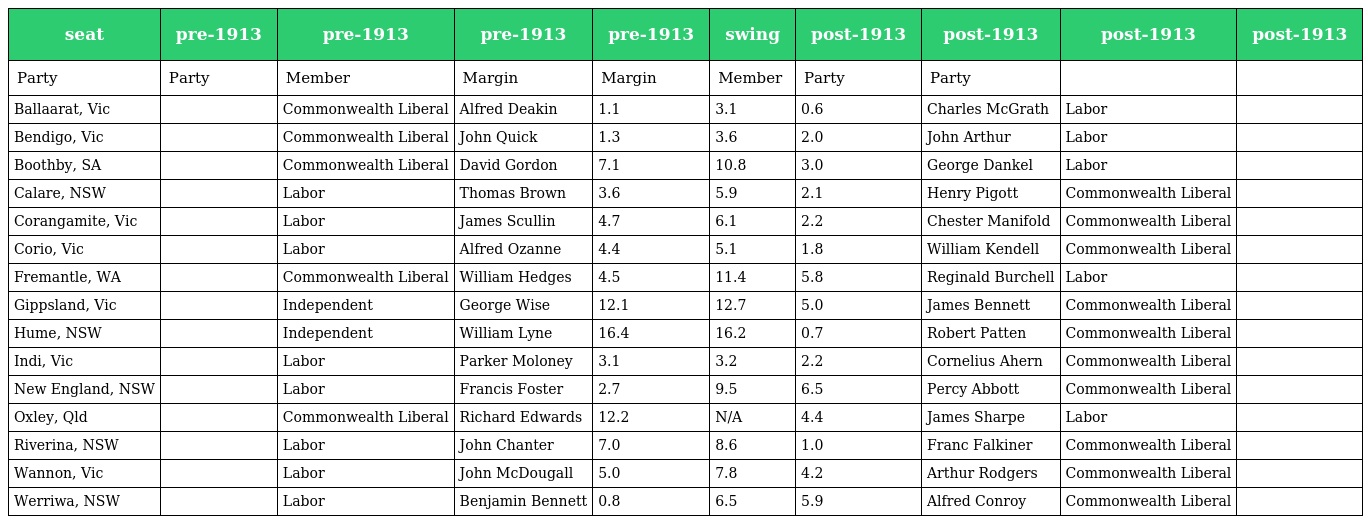
| seat | pre-1913 | pre-1913 | pre-1913 | pre-1913 | swing | post-1913 | post-1913 | post-1913 | post-1913 |
 | --- | --- | --- | --- | --- | --- | --- | --- | --- | --- |
 | Party | Party | Member | Margin | Margin | Member | Party | Party |  |  |
 | Ballaarat, Vic |  | Commonwealth Liberal | Alfred Deakin | 1.1 | 3.1 | 0.6 | Charles McGrath | Labor |  |
 | Bendigo, Vic |  | Commonwealth Liberal | John Quick | 1.3 | 3.6 | 2.0 | John Arthur | Labor |  |
 | Boothby, SA |  | Commonwealth Liberal | David Gordon | 7.1 | 10.8 | 3.0 | George Dankel | Labor |  |
 | Calare, NSW |  | Labor | Thomas Brown | 3.6 | 5.9 | 2.1 | Henry Pigott | Commonwealth Liberal |  |
 | Corangamite, Vic |  | Labor | James Scullin | 4.7 | 6.1 | 2.2 | Chester Manifold | Commonwealth Liberal |  |
 | Corio, Vic |  | Labor | Alfred Ozanne | 4.4 | 5.1 | 1.8 | William Kendell | Commonwealth Liberal |  |
 | Fremantle, WA |  | Commonwealth Liberal | William Hedges | 4.5 | 11.4 | 5.8 | Reginald Burchell | Labor |  |
 | Gippsland, Vic |  | Independent | George Wise | 12.1 | 12.7 | 5.0 | James Bennett | Commonwealth Liberal |  |
 | Hume, NSW |  | Independent | William Lyne | 16.4 | 16.2 | 0.7 | Robert Patten | Commonwealth Liberal |  |
 | Indi, Vic |  | Labor | Parker Moloney | 3.1 | 3.2 | 2.2 | Cornelius Ahern | Commonwealth Liberal |  |
 | New England, NSW |  | Labor | Francis Foster | 2.7 | 9.5 | 6.5 | Percy Abbott | Commonwealth Liberal |  |
 | Oxley, Qld |  | Commonwealth Liberal | Richard Edwards | 12.2 | N/A | 4.4 | James Sharpe | Labor |  |
 | Riverina, NSW |  | Labor | John Chanter | 7.0 | 8.6 | 1.0 | Franc Falkiner | Commonwealth Liberal |  |
 | Wannon, Vic |  | Labor | John McDougall | 5.0 | 7.8 | 4.2 | Arthur Rodgers | Commonwealth Liberal |  |
 | Werriwa, NSW |  | Labor | Benjamin Bennett | 0.8 | 6.5 | 5.9 | Alfred Conroy | Commonwealth Liberal |  |